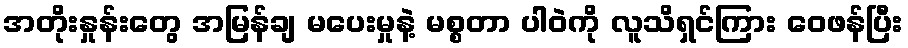
အတိုးနှုန်းတွေ အမြန်ချ မပေးမှုနဲ့ မစ္စတာ ပါဝဲကို လူသိရှင်ကြား ဝေဖန်ပြီး